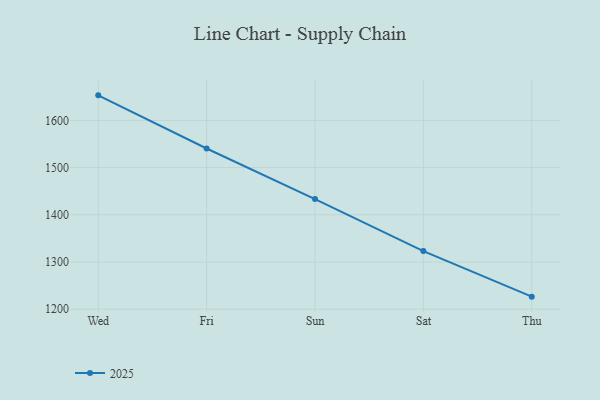
{"axis": {"x": "Day", "y": "Demand Index"}, "legend": ["2025"], "data": [{"x": "Wed", "y": 1653.1, "type": "2025"}, {"x": "Fri", "y": 1540.5, "type": "2025"}, {"x": "Sun", "y": 1433.4, "type": "2025"}, {"x": "Sat", "y": 1323.2, "type": "2025"}, {"x": "Thu", "y": 1226.6, "type": "2025"}]}